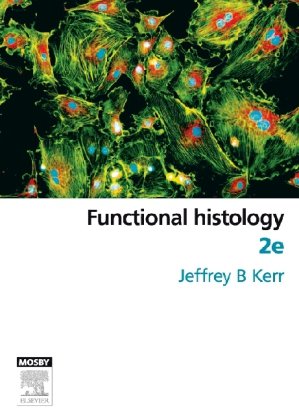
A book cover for Functional Histology, 2e; Jeffrey B. Kerr PhD; Medical Books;